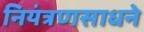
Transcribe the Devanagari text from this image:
नियंत्रणसाधने